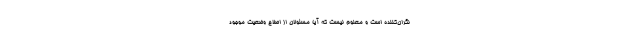
نگران‌کننده است و معلوم نیست که آیا مسئولان از اصلاح وضعیت موجود